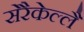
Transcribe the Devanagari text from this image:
सेरैकेल्लै